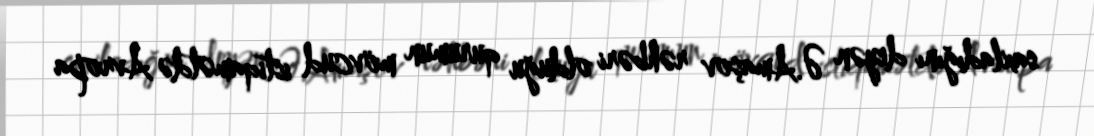
saxladığını deyən Ə.Amaşov rəhbəri olduğu qurumun mövcud istiqamətdə Avropa